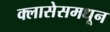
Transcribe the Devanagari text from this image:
क्लासेसमधून